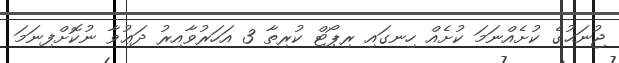
ޖުނަޙުގެ ކުށެއްނަމަ ކުށެއް ހިނގައި ރިޕޯޓް ކުރިތާ 3 އަހަރުވާއިރު ދަޢުވާ ނުކޮށްފިނަމަ